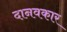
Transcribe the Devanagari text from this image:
दानवकार